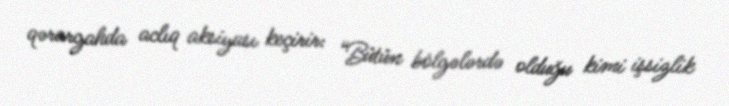
qərargahda aclıq aksiyası keçirir: “Bütün bölgələrdə olduğu kimi işsizlik